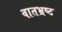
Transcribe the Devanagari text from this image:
वातभ्रष्ट